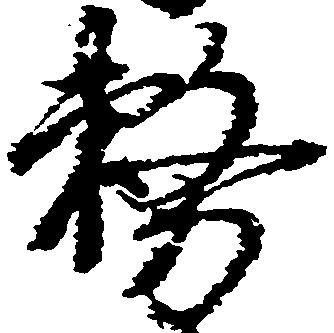
務